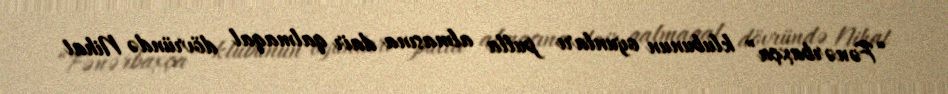
“Fənərbaxça” klubunun oyunları pulla almasına dair qalmaqal dövründə Nihat